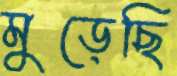
মুড়েছি